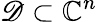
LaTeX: \mathscr{D}\subset\mathbb{{C}}^{n}